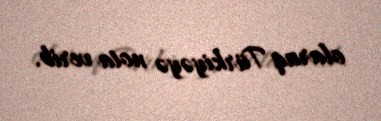
olaraq Türkiyəyə nota verib.